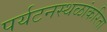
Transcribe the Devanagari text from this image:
पर्यटनस्थळांकरिता